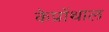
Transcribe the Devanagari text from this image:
केप्रोंथाल